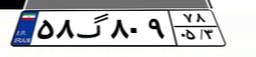
۵۸گ۸۰۹۷۸